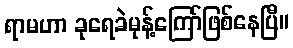
ရာမဟာ ခုရေခဲမုန့်ကြော်ဖြစ်နေပြီ။